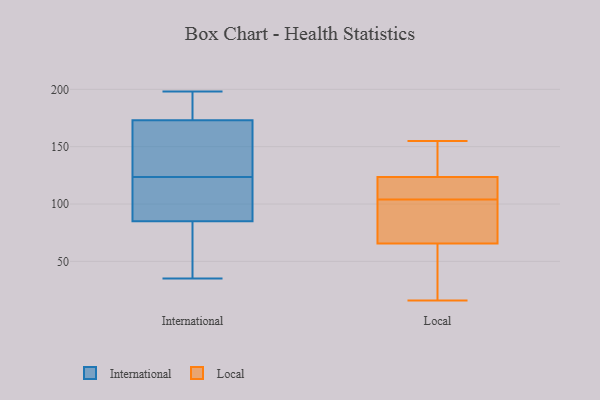
{"axis": {"x": "Revenue (USD Million)", "y": "Value"}, "legend": ["International", "Local"], "data": [{"x": "", "y": 194, "type": "International"}, {"x": "", "y": 198, "type": "International"}, {"x": "", "y": 134, "type": "International"}, {"x": "", "y": 70, "type": "International"}, {"x": "", "y": 123, "type": "International"}, {"x": "", "y": 111, "type": "International"}, {"x": "", "y": 173, "type": "International"}, {"x": "", "y": 35, "type": "International"}, {"x": "", "y": 108, "type": "International"}, {"x": "", "y": 124, "type": "International"}, {"x": "", "y": 85, "type": "International"}, {"x": "", "y": 182, "type": "International"}, {"x": "", "y": 50, "type": "International"}, {"x": "", "y": 133, "type": "International"}, {"x": "", "y": 155, "type": "Local"}, {"x": "", "y": 150, "type": "Local"}, {"x": "", "y": 68, "type": "Local"}, {"x": "", "y": 21, "type": "Local"}, {"x": "", "y": 120, "type": "Local"}, {"x": "", "y": 16, "type": "Local"}, {"x": "", "y": 58, "type": "Local"}, {"x": "", "y": 83, "type": "Local"}, {"x": "", "y": 134, "type": "Local"}, {"x": "", "y": 100, "type": "Local"}, {"x": "", "y": 120, "type": "Local"}, {"x": "", "y": 107, "type": "Local"}, {"x": "", "y": 104, "type": "Local"}]}